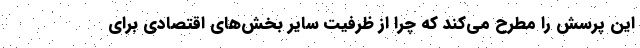
این پرسش را مطرح می‌کند که چرا از ظرفیت سایر بخش‌های اقتصادی برای